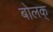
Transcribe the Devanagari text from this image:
बोलक्